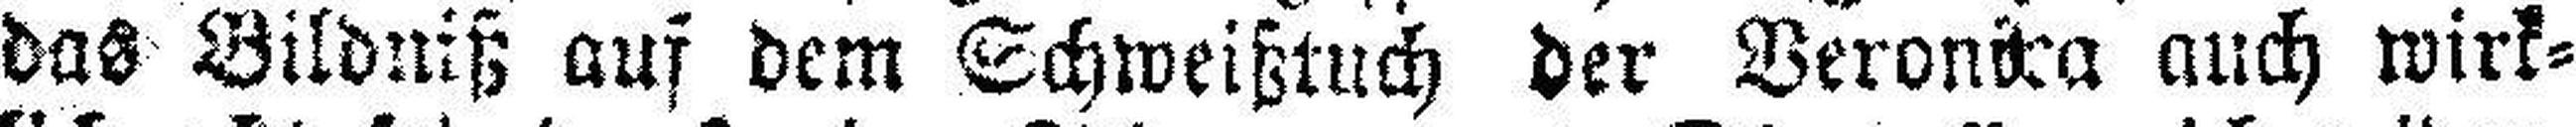
das Äildniß auf dem Schweißtuch der VeronSea auch wirk¬